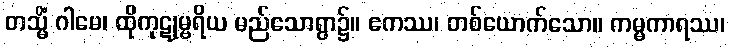
တသ္မိံ ဂါမေ၊ ထိုကုဋုမ္ဗရိယ မည်သောရွာ၌။ ဧကဿ၊ တစ်ယောက်သော။ ကမ္မကာရဿ၊